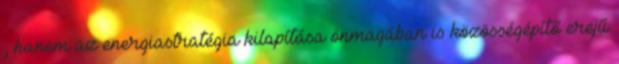
, hanem az energiastratégia kilapítása önmagában is közösségépítő erejű